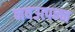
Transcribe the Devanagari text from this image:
नवउत्पन्न